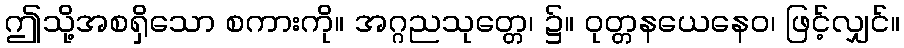
ဤသို့အစရှိသော စကားကို။ အဂ္ဂညသုတ္တေ၊ ၌။ ဝုတ္တနယေနေဝ၊ ဖြင့်လျှင်။